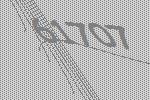
61707